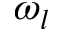
\omega _ { l }